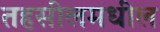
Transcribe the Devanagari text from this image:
तहसीलमधील